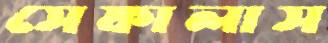
সেফালাস